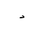
Letter: _dal